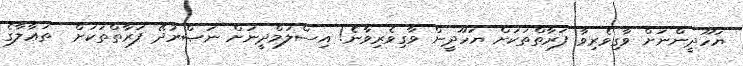
ޔަހޫދީންނަށް ވާގިވެރިވާ ފަރާތްތަކަށް ޔަހޫދީން ވާގިވެރިވާނެ! އިސްލަމްދީނަށް ނަޞްރުދޭ ފަރާތްތަކަށް  ތަޢާލާގެ